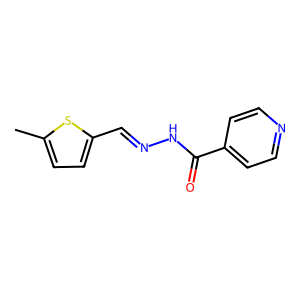
SMILES: Cc1ccc(C=NNC(=O)c2ccncc2)s1
Inhibits HIV replication: No